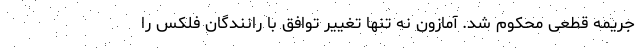
جریمه قطعی محکوم شد. آمازون نه تنها تغییر توافق با رانندگان فلکس را